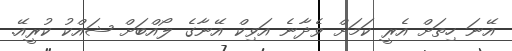
އޭނަ ހިތަށް އެރީ ކަމަށް ވެދާނެ އަވިކް އޭނާގެ ލޯއްބަށް ޝައްކު ކުރީއޭ.